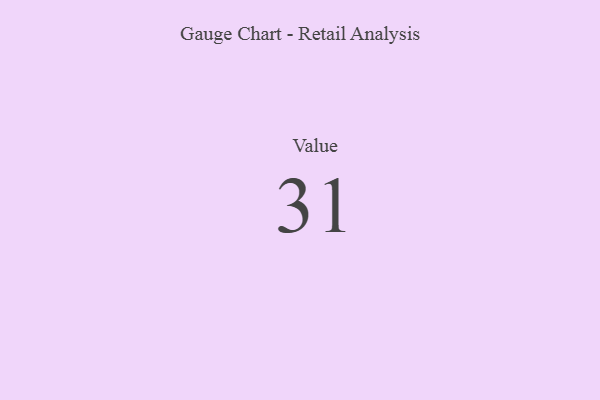
{"axis": {"x": "Metric", "y": "Value"}, "legend": [""], "data": [{"x": "Value", "y": 31, "type": ""}]}